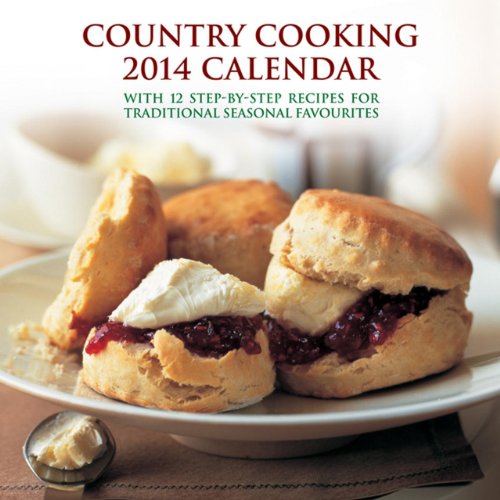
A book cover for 2014 Calendar: Country Cooking: 12-Month Calendar Featuring Mouth-Watering Photographs Of Timeless Recipes, Complete With Step-By-Step Instructions; Peony Press; Calendars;